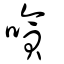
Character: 嗿